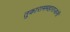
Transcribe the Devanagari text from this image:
तुकाराममहाराजांनीं